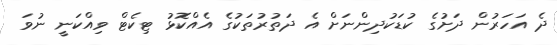
ދެ އަހަރުން ދަށުގެ ކުޑަކުދިންނަށް އެ ދަތުރުތަކުގެ އެއްކޮޅު ޓިކެޓް ވިއްކަނީ ނުވަ